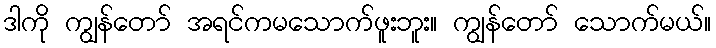
ဒါကို ကျွန်တော် အရင်ကမသောက်ဖူးဘူး။ ကျွန်တော် သောက်မယ်။